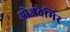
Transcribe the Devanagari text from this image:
ओजदेमिर